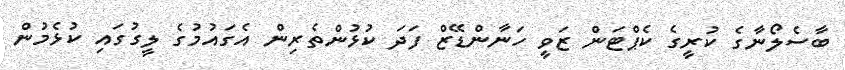
ބާސެލޯނާގެ ކުރީގެ ކެޕްޓަން ޒަވީ ހަނާންޑޭޒް ފަދަ ކުޅުންތެރިން އެގައުމުގެ ލީގުގައި ކުޅެމުން